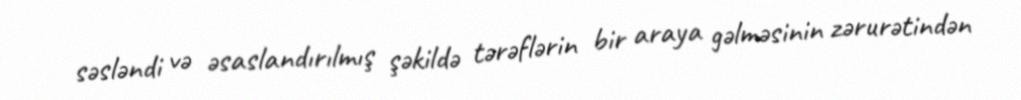
səsləndi və əsaslandırılmış şəkildə tərəflərin bir araya gəlməsinin zərurətindən